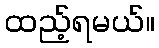
ထည့်ရမယ်။